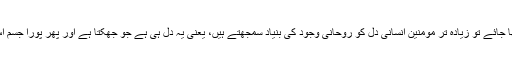
ایک طرح سے دیکھا جائے تو زیادہ تر مومنین انسانی دل کو روحانی وجود کی بنیاد سمجھتے ہیں، یعنی یہ دل ہی ہے جو جھکتا ہے اور پھر پورا جسم اس کی تقلید کرتا ہے۔